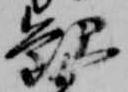
観